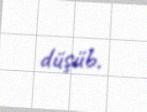
düşüb.